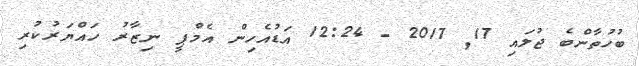
ބުހުތާންބެ ޖުލައި 17